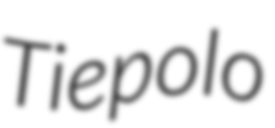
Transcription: Tiepolo